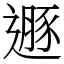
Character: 遯